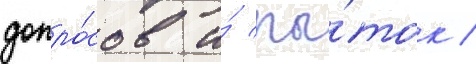
допро́сов и́ пы́ток /